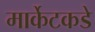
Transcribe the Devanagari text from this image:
मार्केटकडे